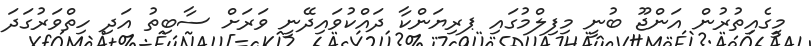
މީގެއިތުރުން އަންޖޫ ބުނީ މިފިލްމުގައި ޕރިޔަންކާ ދައްކުވައިދޭނީ ވަރަށް ސާބިތު އަދި ހިތްވަރުގަދަ